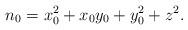
LaTeX: \begin{align*}n_0=x_0^2+x_0y_0+y_0^2+z^2.\end{align*}